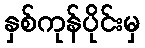
နှစ်ကုန်ပိုင်းမှ